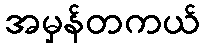
အမှန်တကယ်